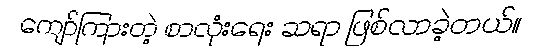
ကျော်ကြားတဲ့ စာလုံးရေး ဆရာ ဖြစ်လာခဲ့တယ်။